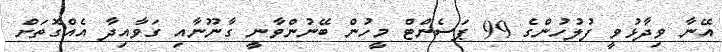
އޭނާ ވިދާޅުވީ ފުލުހުންގެ 99 ޕަސެންޓް މީހުން ބޭނުންވާނީ ގާނޫނާއި ގަވާއިދާ އެއްގޮތަށް